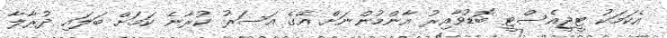
އެކަމަކު ޓީޖީއެސްޓީ ބޮޑުވާއިރު އާންމުންނަށް އޭގެ އަސަރު ކުރާނެ ކަމަށް ބަލައި ދުރާލާ